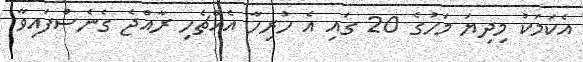
އެކަމަކު މިދިޔަ މަހުގެ 20 ގައި އެ ހުރިހާ އެއްޗެހި ރާއްޖެ ގެނެސްފައިވާ